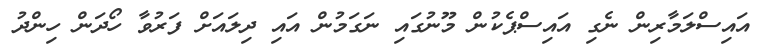
އައިސްލަމާރިން ނެގި އައިސްޕެކުން މޫނުގައި ނަގަމުން އައި ދިލައަށް ފަރުވާ ހޯދަން ހިންދު